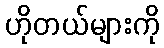
ဟိုတယ်များကို